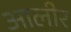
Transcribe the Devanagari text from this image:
आलीर